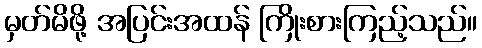
မှတ်မိဖို့ အပြင်းအထန် ကြိုးစားကြည့်သည်။